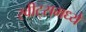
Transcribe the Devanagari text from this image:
स्वीट्‌समध्ये